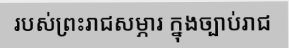
របស់ព្រះរាជសម្ភារ ក្នុងច្បាប់រាជ